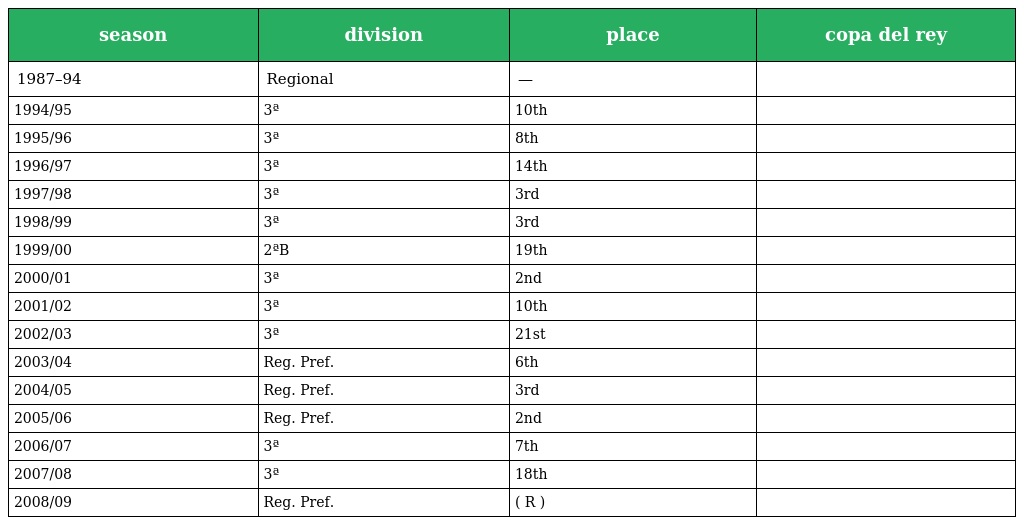
| season | division | place | copa del rey |
 | --- | --- | --- | --- |
 | 1987–94 | Regional | — |  |
 | 1994/95 | 3ª | 10th |  |
 | 1995/96 | 3ª | 8th |  |
 | 1996/97 | 3ª | 14th |  |
 | 1997/98 | 3ª | 3rd |  |
 | 1998/99 | 3ª | 3rd |  |
 | 1999/00 | 2ªB | 19th |  |
 | 2000/01 | 3ª | 2nd |  |
 | 2001/02 | 3ª | 10th |  |
 | 2002/03 | 3ª | 21st |  |
 | 2003/04 | Reg. Pref. | 6th |  |
 | 2004/05 | Reg. Pref. | 3rd |  |
 | 2005/06 | Reg. Pref. | 2nd |  |
 | 2006/07 | 3ª | 7th |  |
 | 2007/08 | 3ª | 18th |  |
 | 2008/09 | Reg. Pref. | ( R ) |  |